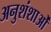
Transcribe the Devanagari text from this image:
अनुशंशाओं